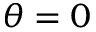
\theta = 0